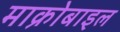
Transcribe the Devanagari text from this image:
माक्रोबाइल